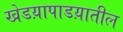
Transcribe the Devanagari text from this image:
खेडय़ापाडय़ातील